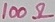
Text: 100Ω